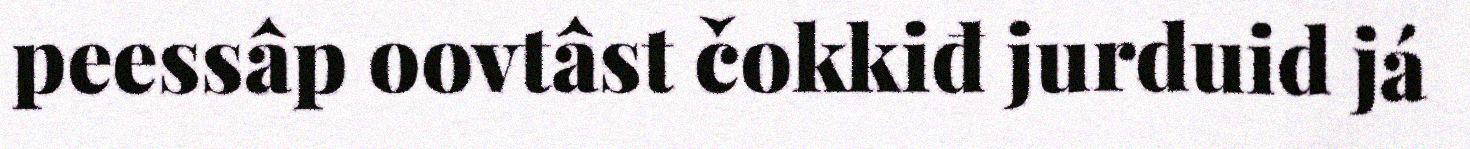
peessâp oovtâst čokkiđ jurduid já